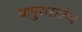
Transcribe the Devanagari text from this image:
बापुरासाहेब